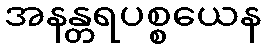
အနန္တရပစ္စယေန